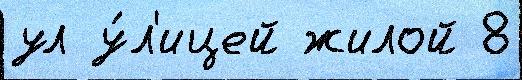
ул у́л'ицей жилой 8